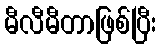
မီလီမီတာဖြစ်ပြီး